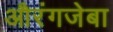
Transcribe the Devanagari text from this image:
औरंगजेबा